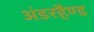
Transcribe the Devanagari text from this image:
अंडरहैण्ड